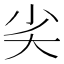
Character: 𡭟